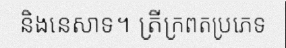
និងនេសាទ។ ត្រីក្រពតប្រភេទ